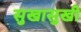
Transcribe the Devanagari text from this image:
सुखासुखी